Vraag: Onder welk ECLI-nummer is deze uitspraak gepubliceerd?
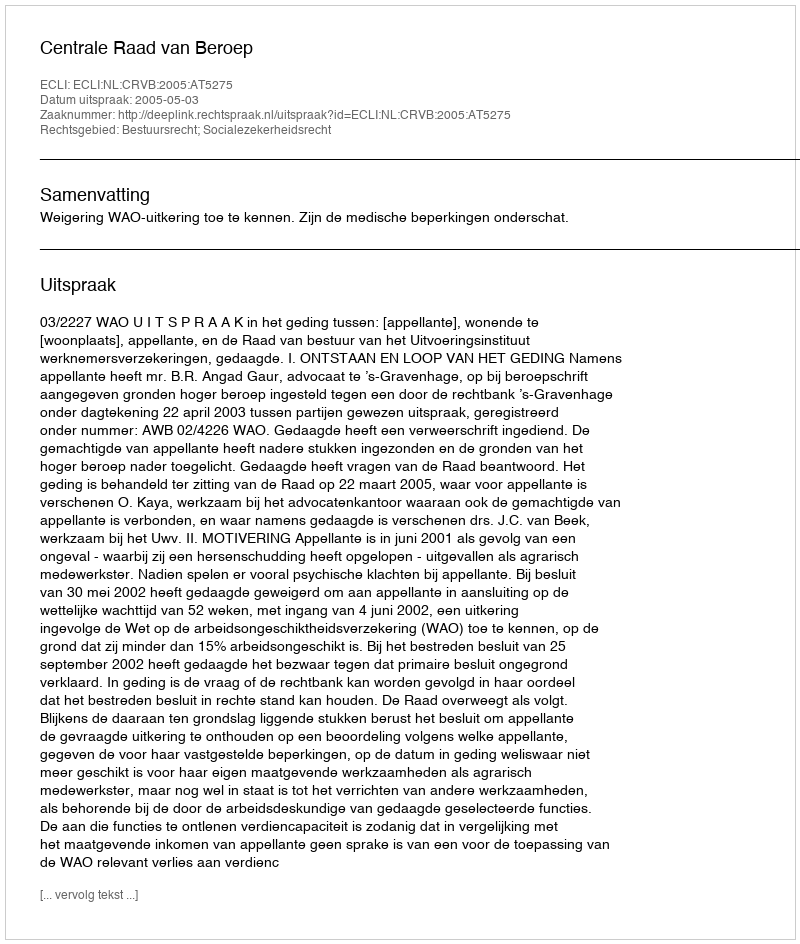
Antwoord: ECLI:NL:CRVB:2005:AT5275